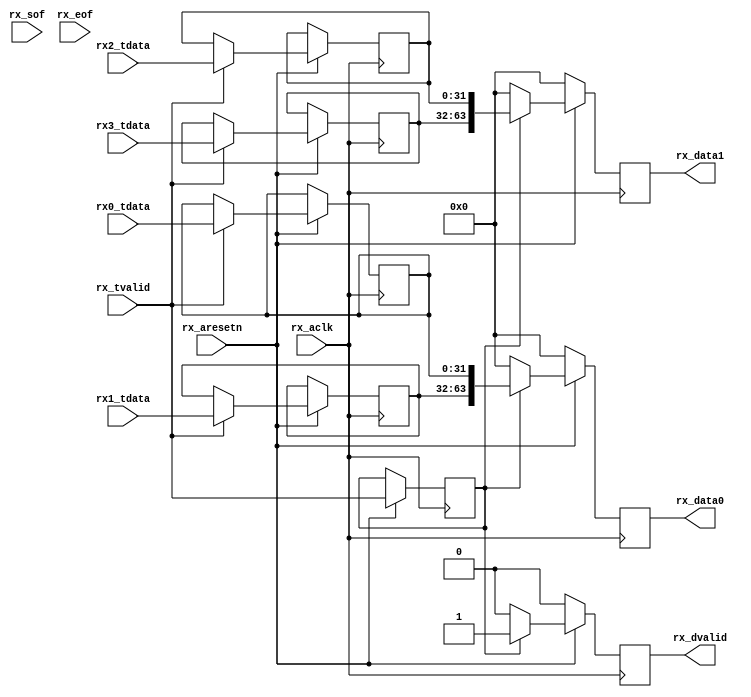
//---------------------------------------------------------------------
// Title   : Rx Lane data Demapper
// Project : JESD204
//---------------------------------------------------------------------
//---------------------------------------------------------------------
// Description:
//
//---------------------------------------------------------------------
// (c) Copyright 2012-2013 Xilinx, Inc. All rights reserved.
//
// This file contains confidential and proprietary information
// of Xilinx, Inc. and is protected under U.S. and
// international copyright and other intellectual property
// laws.
//
// DISCLAIMER
// This disclaimer is not a license and does not grant any
// rights to the materials distributed herewith. Except as
// otherwise provided in a valid license issued to you by
// Xilinx, and to the maximum extent permitted by applicable
// law: (1) THESE MATERIALS ARE MADE AVAILABLE "AS IS" AND
// WITH ALL FAULTS, AND XILINX HEREBY DISCLAIMS ALL WARRANTIES
// AND CONDITIONS, EXPRESS, IMPLIED, OR STATUTORY, INCLUDING
// BUT NOT LIMITED TO WARRANTIES OF MERCHANTABILITY, NON-
// INFRINGEMENT, OR FITNESS FOR ANY PARTICULAR PURPOSE; and
// (2) Xilinx shall not be liable (whether in contract or tort,
// including negligence, or under any other theory of
// liability) for any loss or damage of any kind or nature
// related to, arising under or in connection with these
// materials, including for any direct, or any indirect,
// special, incidental, or consequential loss or damage
// (including loss of data, profits, goodwill, or any type of
// loss or damage suffered as a result of any action brought
// by a third party) even if such damage or loss was
// reasonably foreseeable or Xilinx had been advised of the
// possibility of the same.
//
// CRITICAL APPLICATIONS
// Xilinx products are not designed or intended to be fail-
// safe, or for use in any application requiring fail-safe
// performance, such as life-support or safety devices or
// systems, Class III medical devices, nuclear facilities,
// applications related to the deployment of airbags, or any
// other applications that could lead to death, personal
// injury, or severe property or environmental damage
// (individually and collectively, "Critical
// Applications"). Customer assumes the sole risk and
// liability of any use of Xilinx products in Critical
// Applications, subject only to applicable laws and
// regulations governing limitations on product liability.
//
// THIS COPYRIGHT NOTICE AND DISCLAIMER MUST BE RETAINED AS
// PART OF THIS FILE AT ALL TIMES.
//
//----------------------------------------------------------------------------
module demapper(
  input             rx_aclk,
  input             rx_aresetn,

  //AXI-S Lane 0 from JESD204 Rx core
  input  [31:0]     rx0_tdata,
  
  //AXI-S Lane 1 from JESD204 Rx core
  input  [31:0]     rx1_tdata,

  //AXI-S Lane 2 from JESD204 Rx core
  input  [31:0]     rx2_tdata,

  //AXI-S Lane 3 from JESD204 Rx core
  input  [31:0]     rx3_tdata,

  input             rx_tvalid,
  
  // Framing mar    kers
  input  [3:0]      rx_sof,
  input  [3:0]      rx_eof,

  // "Channel" data out - 4 16-bit 'samples' per clock
  output reg        rx_dvalid,
  output reg [63:0] rx_data0,
  output reg [63:0] rx_data1
  );


  reg[31:0] lane0;
  reg[31:0] lane1;
  reg[31:0] lane2;
  reg[31:0] lane3;

  reg       lane_valid;


  //===========================================
  // Rx Sample Demapping
  //
  // - based on eg NXP DAC1628 LMF = 421 mode
  //   to match the Tx mapping mode for this demo
  //===========================================

  always @(posedge rx_aclk)
  begin

    if (rx_aresetn == 1'b0) begin
      rx_dvalid  <= 1'b0;
      rx_data0   <= 64'b0;
      rx_data1   <= 64'b0;
    end

    else begin

      if (rx_tvalid) begin
        lane0 <= rx0_tdata;
        lane1 <= rx1_tdata;
        lane2 <= rx2_tdata;
        lane3 <= rx3_tdata;
      end

      lane_valid <= rx_tvalid;

      if (lane_valid) begin
        rx_dvalid <= 1'b1;
        rx_data0  <= {lane1, lane0};
        rx_data1  <= {lane3, lane2};
      end
      else begin
        rx_dvalid <= 1'b0;
        rx_data0  <= 64'b0;
        rx_data1  <= 64'b0;
      end

    end

  end

endmodule